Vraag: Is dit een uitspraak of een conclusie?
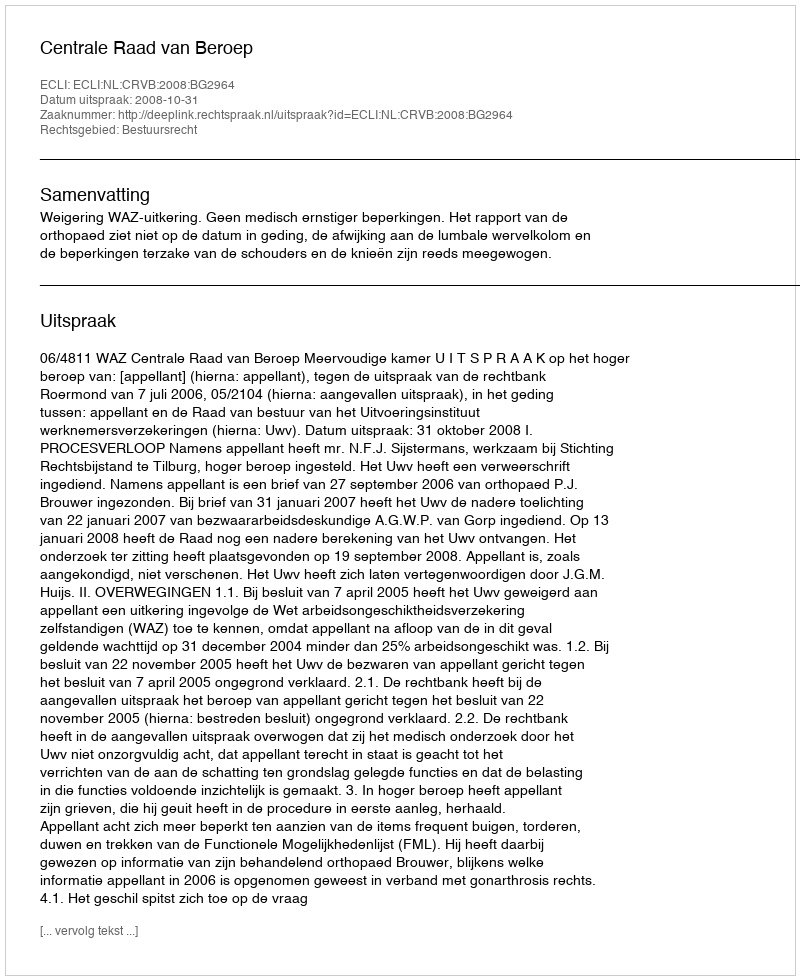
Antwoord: Uitspraak